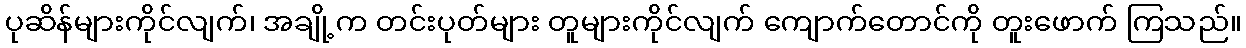
ပုဆိန်များကိုင်လျက်၊ အချို့က တင်းပုတ်များ တူများကိုင်လျက် ကျောက်တောင်ကို တူးဖောက် ကြသည်။